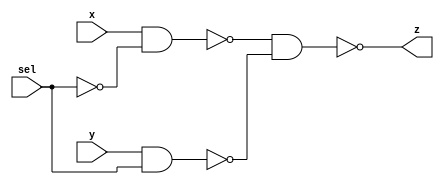
module mux2to1p (input sel, input x , input y, output z);
  // 2 to 1 mux at structural level logic
  
  wire selnot, xnandsel, ynandsel, xynand;
 
  // NOT gate inverts select line input
  not selnot (selnot, sel);
    // NAND gates for selection 
  nand x_nandsel (xnandsel, x, selnot);
    //NAND between input x and inverted select line
  nand y_nandsel (ynandsel, y, sel);
    
  nand xy_nand (xynand, xnandsel, ynandsel);
    // Assigning the output of the NOR gate to the output port
  assign z = xynand;
endmodule